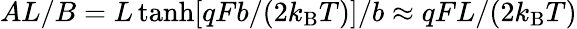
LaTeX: AL/B=L\operatorname{tanh}[qFb/(2k_{\mathrm{B}}T)]/b\approx qFL/(2k_{\mathrm{B}}T)